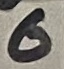
Text: 6